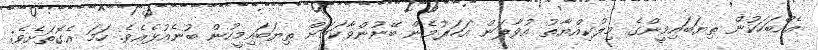
އެއްބަހަކުން ތިޔަބައިމީންގެ މިލްކިއްޔާތު އުވާލަން އަހަރުމެން ބޭނުންވާކަމަށް ތިޔަބައިމީހުން ބުނެއުޅެއެވެ. ހަމަ އެގޮތަށެވެ;